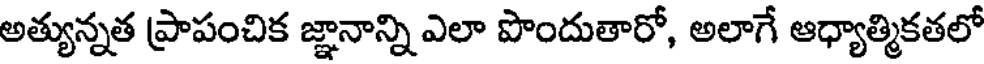
అత్యున్నత ప్రాపంచిక జ్ఞానాన్ని ఎలా పొందుతారో, అలాగే ఆధ్యాత్మికతలో